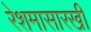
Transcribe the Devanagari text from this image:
रेशमासारखी